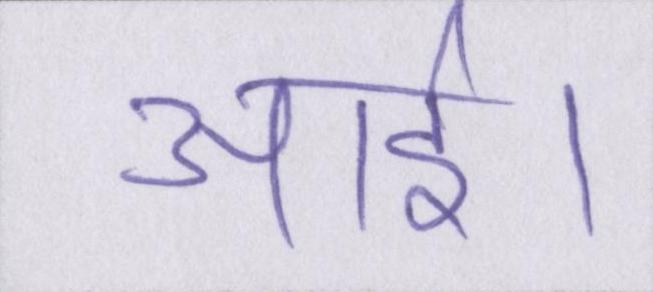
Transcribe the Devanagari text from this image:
आई।